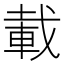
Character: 載